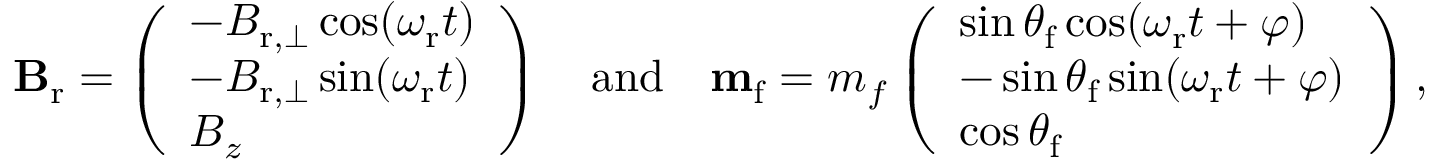
\begin{array} { r } { \mathbf { B } _ { \mathrm { r } } = \left( \begin{array} { l } { - B _ { \mathrm { r } , \perp } \cos ( \omega _ { \mathrm { r } } t ) } \\ { - B _ { \mathrm { r } , \perp } \sin ( \omega _ { \mathrm { r } } t ) } \\ { B _ { z } } \end{array} \right) \quad \mathrm { a n d } \quad \mathbf { m } _ { \mathrm { f } } = m _ { f } \left( \begin{array} { l } { \sin \theta _ { \mathrm { f } } \cos ( \omega _ { \mathrm { r } } t + \varphi ) } \\ { - \sin \theta _ { \mathrm { f } } \sin ( \omega _ { \mathrm { r } } t + \varphi ) } \\ { \cos \theta _ { \mathrm { f } } } \end{array} \right) , } \end{array}